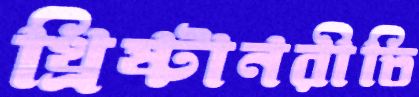
খ্রিষ্টানরীতি